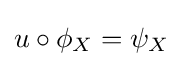
u\circ \phi _{X}=\psi _{X}